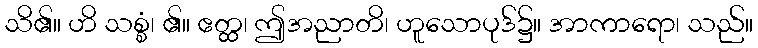
သိ၏။ ဟိ သစ္စံ၊ ၏။ ဧတ္ထ၊ ဤအညာတိ၊ ဟူသောပုဒ်၌။ အာကာရော၊ သည်။